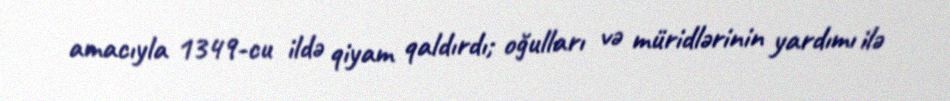
amacıyla 1349-cu ildə qiyam qaldırdı; oğulları və müridlərinin yardımı ilə